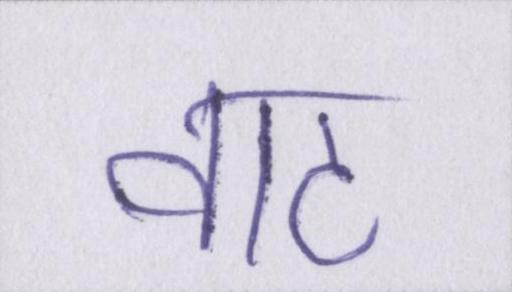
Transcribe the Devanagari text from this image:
वाट